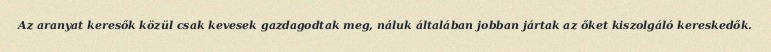
Az aranyat keresők közül csak kevesek gazdagodtak meg, náluk általában jobban jártak az őket kiszolgáló kereskedők.